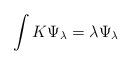
LaTeX: \begin{align*}\int K\Psi_\lambda = \lambda\Psi_\lambda\end{align*}